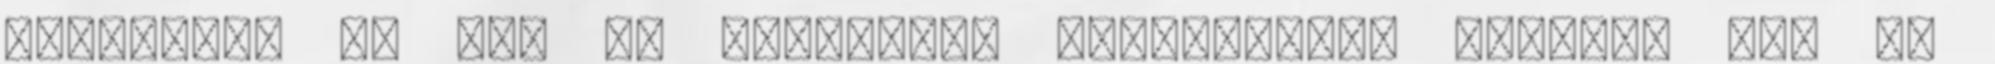
fejdíszei is ezt az archaikus szimbolikát fejezik ki. Az